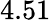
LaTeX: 4.51